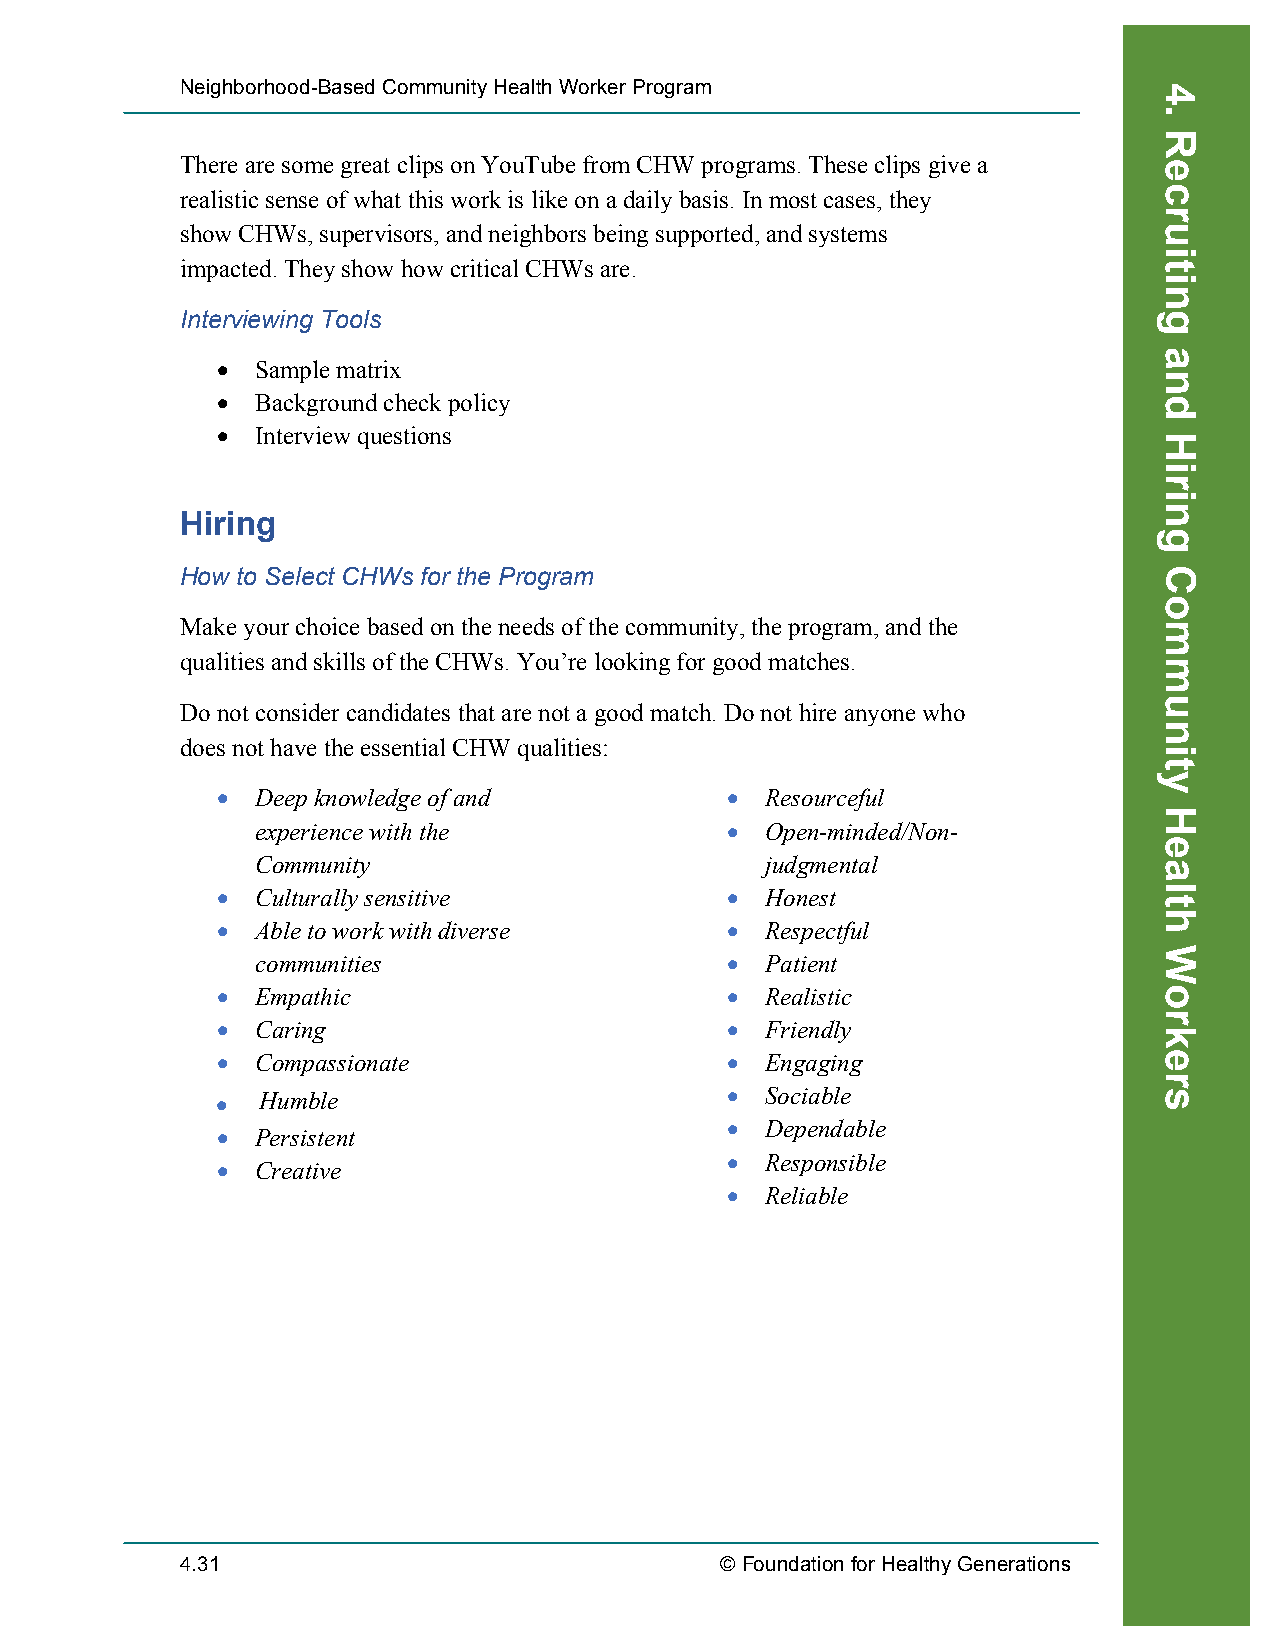
Neighborhood-Based Community Health Worker Program
 There are some great clips on YouTube from CHW programs. These clips give a
 realistic sense of what this work is like on a daily basis. In most cases, they
 show CHWs, supervisors, and neighbors being supported, and systems
 impacted. They show how critical CHWs are.
 Interviewing Tools
 •  Sample matrix
 •  Background check policy
 •  Interview questions
 Hiring
 How to Select CHWs for the Program
 Make your choice based on the needs of the community, the program, and the
 qualities and skills of the CHWs. You’re looking for good matches.
 Do not consider candidates that are not a good match. Do not hire anyone who
 does not have the essential CHW qualities:
 •  Deep knowledge of and          •  Resourceful
 experience with the            •  Open-minded/Non-
 Community                         judgmental
 •  Culturally sensitive           •  Honest
 •  Able to work with diverse      •  Respectful
 communities                    •  Patient
 •  Empathic                       •  Realistic
 •  Caring                         •  Friendly
 •  Compassionate                  •  Engaging
 •  Humble                         •  Sociable
 •  Dependable
 •  Persistent
 •  Responsible
 •  Creative
 •  Reliable
 4.31                                © Foundation for Healthy Generations
 Recruiting
 4.
 Recruiting
 and
 Hiring
 Community
 Health
 Workers